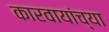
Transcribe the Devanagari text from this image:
कारवायांच्या